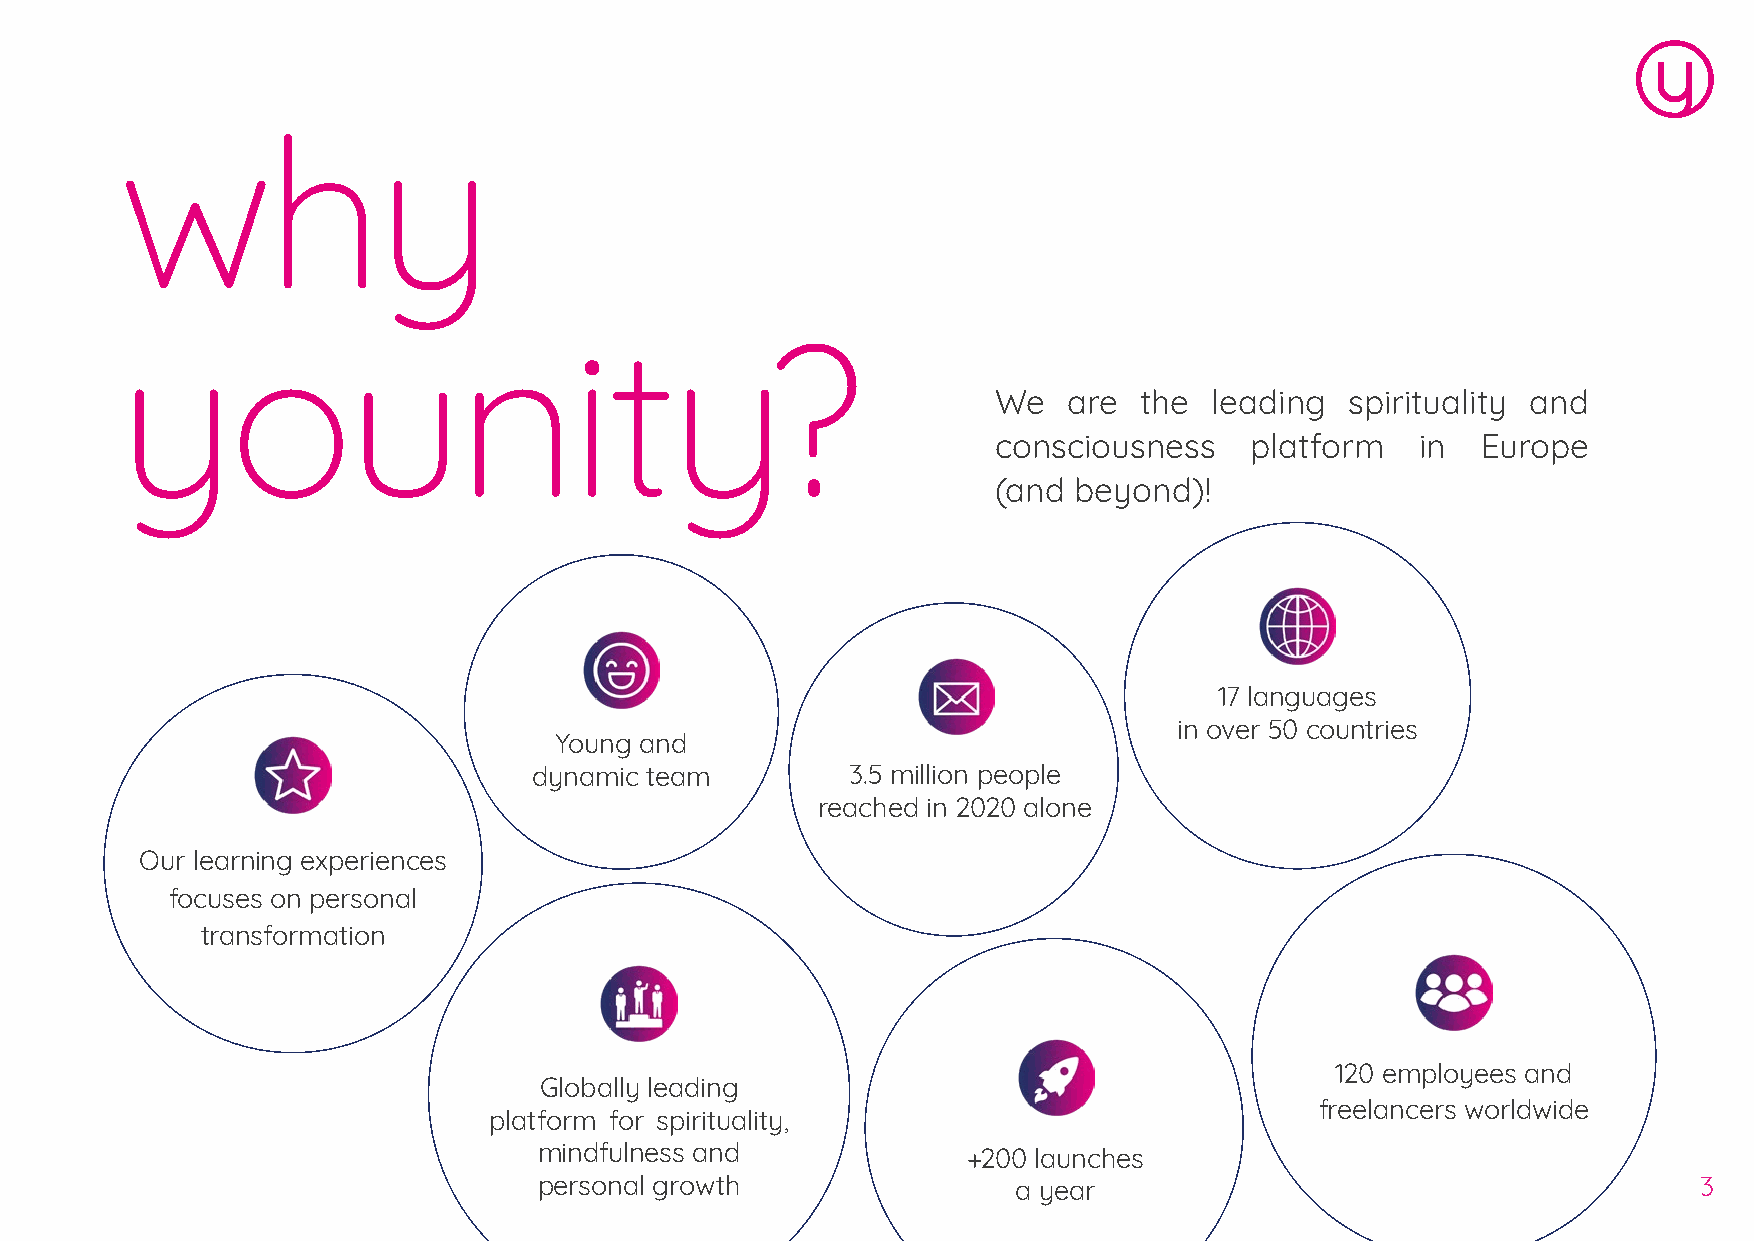
why
 younity?
 We   are the  leading  spirituality and
 consciousness    platform   in  Europe
 (and beyond)!
 17 languages
 in over 50 countries
 Young and
 dynamic team         3.5 million people
 reached in 2020 alone
 Our learning experiences
 focuses on personal
 transformation
 120 employees and
 Globally leading
 freelancers worldwide
 platform for spirituality,
 mindfulness and             +200 launches
 personal growth                a year                                        3